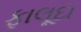
ફાલૂદા